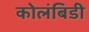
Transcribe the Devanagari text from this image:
कोलंबिडी